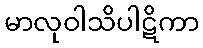
မာလုဝါသိပါဋိကာ